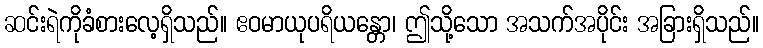
ဆင်းရဲကိုခံစားလေ့ရှိသည်။ ဧဝမာယုပရိယန္တော၊ ဤသို့သော အသက်အပိုင်း အခြားရှိသည်။